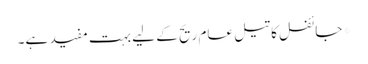
*جائفل کا تیل عام ریح کے لیے بہت مفید ہے۔